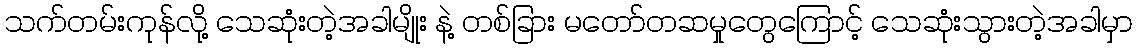
သက်တမ်းကုန်လို့ သေဆုံးတဲ့အခါမျိုး နဲ့ တစ်ခြား မတော်တဆမှုတွေကြောင့် သေဆုံးသွားတဲ့အခါမှာ